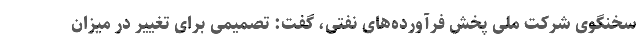
سخنگوی شرکت ملی پخش فرآورده‌های نفتی، گفت: تصمیمی برای تغییر در میزان